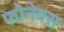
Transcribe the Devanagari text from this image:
फोनेबस